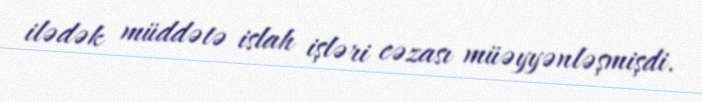
ilədək müddətə islah işləri cəzası müəyyənləşmişdi.